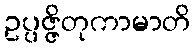
ဥပ္ပဇ္ဇိတုကာမာတိ